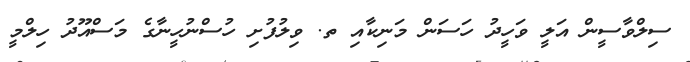
ސިލްވާސީން އަލީ ވަހީދު ހަސަން މަނިކާއި ތ. ވިލުފުށި ހުސްނުހީނާގެ މަސްއޫދު ހިލްމީ